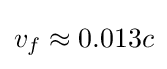
v_{f}\approx 0.013c